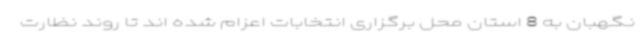
نگهبان به 8 استان محل برگزاری انتخابات اعزام شده اند تا روند نظارت